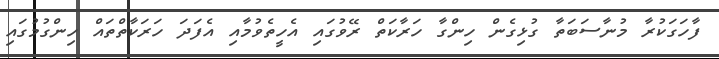
ފާހަގަކުރާ މުނާސަބަތާ ގުޅިގެން ހިންގާ ހަރާކަތް ރޭވުގައި އެހީތެވުމާއި އެފަދަ ހަރަކާތްތައް ހިންގުމުގައި